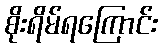
စိုးရိမ်ရကြောင်း